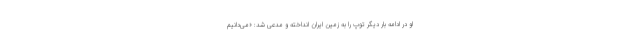
او در ادامه بار دیگر توپ را به زمین ایران انداخته و مدعی شد: «می‌دانیم